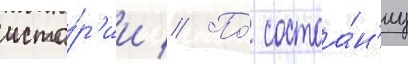
исто́р'ии // По́ состоа́н'иу